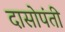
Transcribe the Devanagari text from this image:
दासोपंती